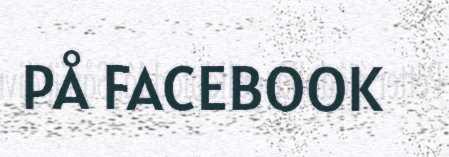
PÅ FACEBOOK